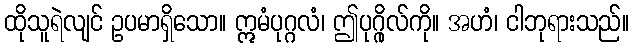
ထိုသူရဲလျင် ဥပမာရှိသော။ ဣမံပုဂ္ဂလံ၊ ဤပုဂ္ဂိုလ်ကို။ အဟံ၊ ငါဘုရားသည်။